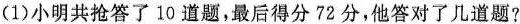
(1)小明共抢答了10道题，最后得分72分，他答对了几道题?